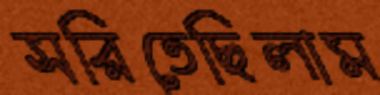
সরিতেছিলাম